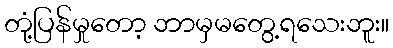
တုံ့ပြန်မှုတော့ ဘာမှမတွေ့ရသေးဘူး။